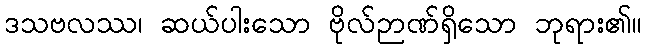
ဒသဗလဿ၊ ဆယ်ပါးသော ဗိုလ်ဉာဏ်ရှိသော ဘုရား၏။